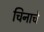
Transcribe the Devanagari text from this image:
चिनाचे